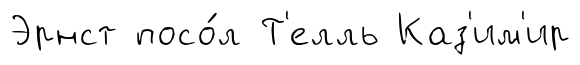
Эрнст посо́л Т'елль Каз'им'ир